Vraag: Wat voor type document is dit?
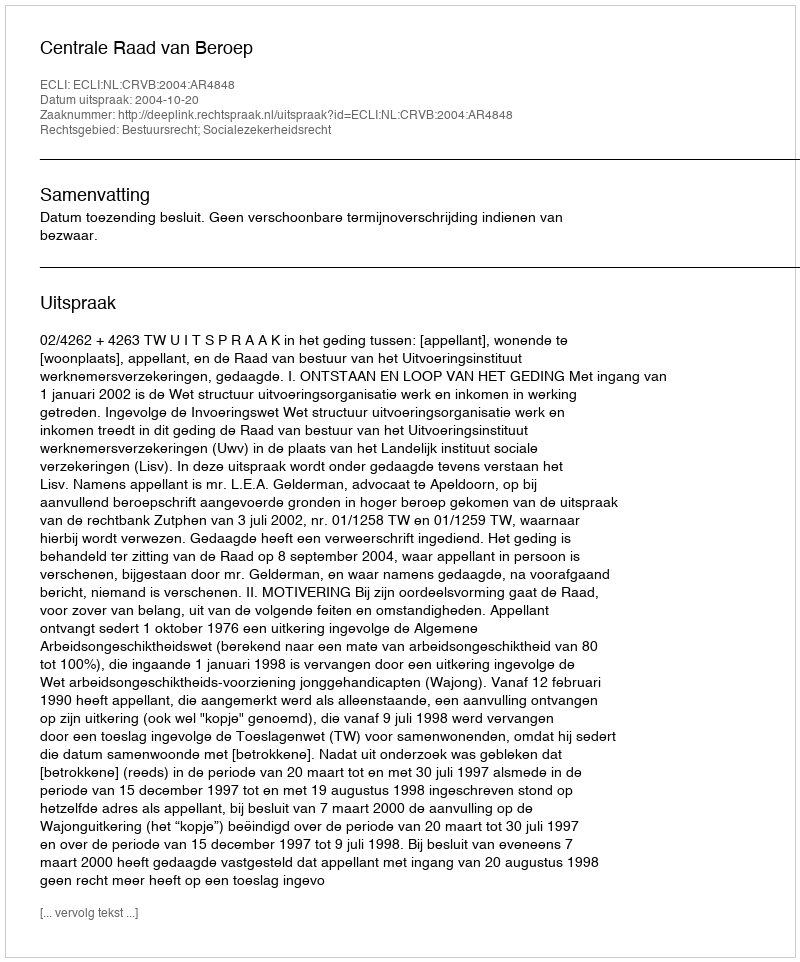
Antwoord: Uitspraak